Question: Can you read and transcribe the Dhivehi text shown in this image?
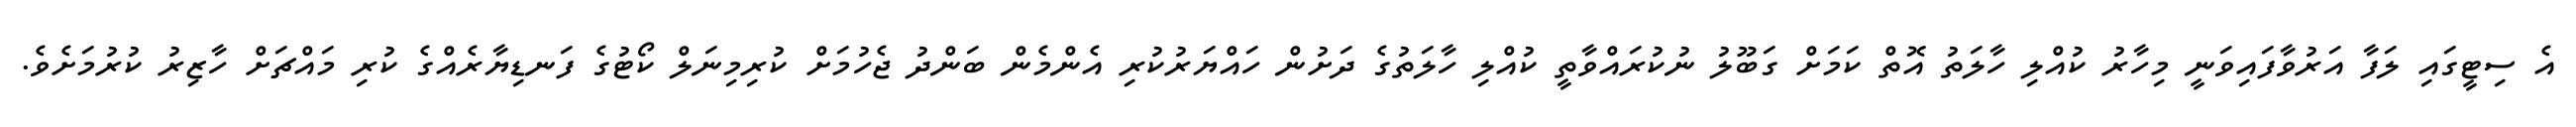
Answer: އެ ސިޓީގައި ލަފާ އަރުވާފައިވަނީ މިހާރު ކުއްލި ހާލަތު އޮތް ކަމަށް ގަބޫލު ނުކުރައްވާތީ ކުއްލި ހާލަތުގެ ދަށުން ހައްޔަރުކުރި އެންމެން ބަންދު ޖެހުމަށް ކުރިމިނަލް ކޯޓުގެ ފަނޑިޔާރެއްގެ ކުރި މައްޗަށް ހާޒިރު ކުރުމަށެވެ.